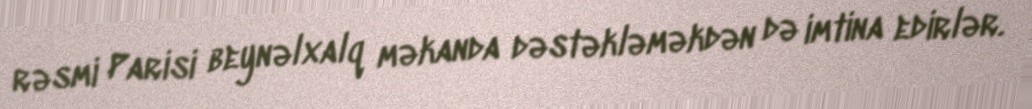
rəsmi Parisi beynəlxalq məkanda dəstəkləməkdən də imtina edirlər.